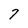
Character: 7